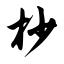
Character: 杪